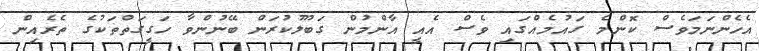
އެހެންނަމަވެސް ކޮންމެ ގައުމެއްގައި ވެސް އެއީ އާންމުން ގަބޫލުކުރަން ބޭނުންވާ ހަގީގަތްތަކުގެ ތެރެއިން